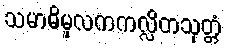
သမာဓိမူလကကလ္လိတသုတ္တံ